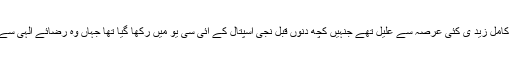
واضح رہے کہ کامل زید ی کئی عرصہ سے علیل تھے جنہیں کچھ دنوں قبل نجی اسپتال کے آئی سی یو میں رکھا گیا تھا جہاں وہ رضائے الہی سے انتقال کرگئے۔